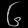
Digit: ၆